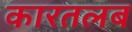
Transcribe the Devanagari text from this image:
कारतलब